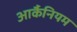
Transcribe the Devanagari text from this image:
आर्कैनियम